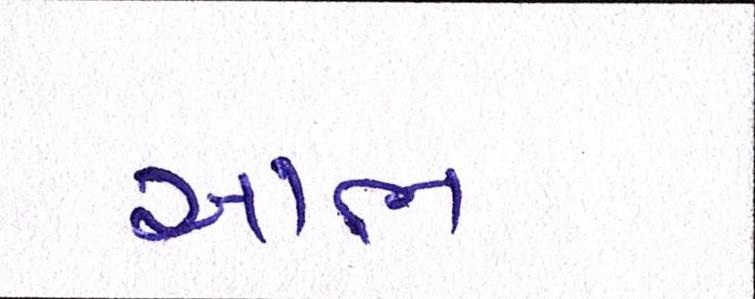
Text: આભ